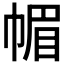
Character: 𢃼